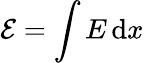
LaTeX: \mathcal{E}=\int E\, \mathrm{d}x